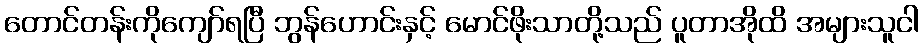
တောင်တန်းကိုကျော်ရပြီ ဘွန်ဟောင်းနှင့် မောင်ဖိုးသာတို့သည် ပူတာအိုထိ အများသူငါ